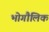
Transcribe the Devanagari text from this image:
भोगौलिक